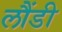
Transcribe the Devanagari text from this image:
लौंडी